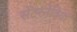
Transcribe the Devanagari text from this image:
सेंटरनेविया